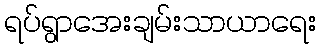
ရပ်ရွာအေးချမ်းသာယာရေး